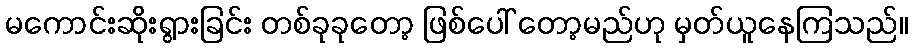
မကောင်းဆိုးရွားခြင်း တစ်ခုခုတော့ ဖြစ်ပေါ် တော့မည်ဟု မှတ်ယူနေကြသည်။